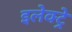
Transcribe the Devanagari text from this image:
इलेक्ट्रे